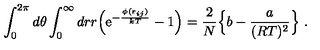
\int _ { 0 } ^ { 2 \pi } d \theta \int _ { 0 } ^ { \infty } d r r \Bigl ( \mathrm { e } ^ { - { \frac { \phi ( { \bf r } _ { i j } ) } { k T } } } - 1 \Bigr ) = { \frac { 2 } { N } } \Bigl \{ b - { \frac { a } { ( R T ) ^ { 2 } } } \Bigr \} \ .